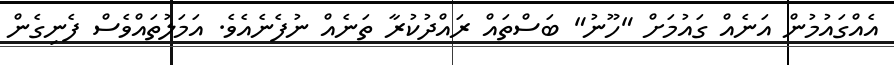
އެއްގައުމުން އަނެއް ގައުމަށް "ހޫނު" ބަސްތައް ރައްދުކުރާ ތަނެއް ނުފެނެއެވެ. އަމަލުތައްވެސް ފެނިގެން